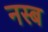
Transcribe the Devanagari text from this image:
नस्ब